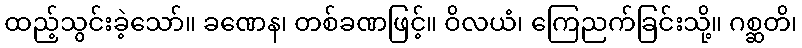
ထည့်သွင်းခဲ့သော်။ ခဏေန၊ တစ်ခဏဖြင့်။ ဝိလယံ၊ ကြေညက်ခြင်းသို့။ ဂစ္ဆတိ၊